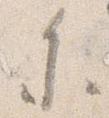
参